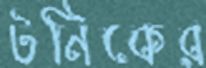
টনিকের